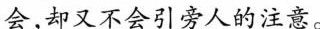
会，却又不会引旁人的注意。